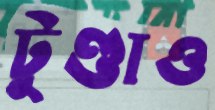
টুণ্ডাও